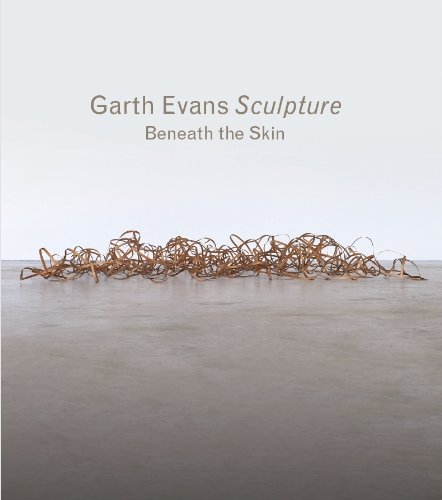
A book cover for Garth Evans Sculpture: Beneath the Skin; Arts & Photography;